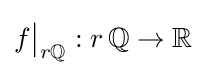
f{\big \vert }_{r\mathbb {Q} }:r\,\mathbb {Q} \to \mathbb {R}